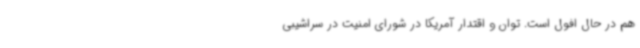
هم در حال افول است. توان و اقتدار آمریکا در شورای امنیت در سراشیبی